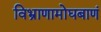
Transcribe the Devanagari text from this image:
विभ्राणामोघबाणं